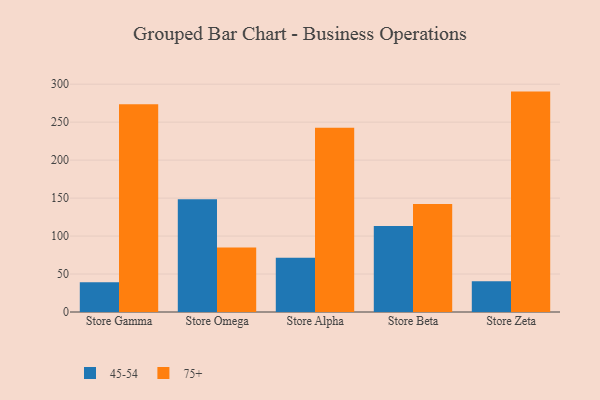
{"axis": {"x": "Store", "y": "Tickets Resolved"}, "legend": ["45-54", "75+"], "data": [{"x": "Store Gamma", "y": 39.3, "type": "45-54"}, {"x": "Store Gamma", "y": 273.4, "type": "75+"}, {"x": "Store Omega", "y": 148.5, "type": "45-54"}, {"x": "Store Omega", "y": 85.0, "type": "75+"}, {"x": "Store Alpha", "y": 71.4, "type": "45-54"}, {"x": "Store Alpha", "y": 242.7, "type": "75+"}, {"x": "Store Beta", "y": 113.4, "type": "45-54"}, {"x": "Store Beta", "y": 142.3, "type": "75+"}, {"x": "Store Zeta", "y": 40.6, "type": "45-54"}, {"x": "Store Zeta", "y": 290.2, "type": "75+"}]}